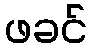
ဖခင်